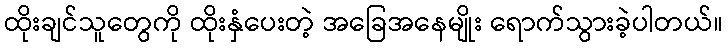
ထိုးချင်သူတွေကို ထိုးနှံပေးတဲ့ အခြေအနေမျိုး ရောက်သွားခဲ့ပါတယ်။